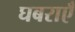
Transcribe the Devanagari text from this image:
घबराएँ